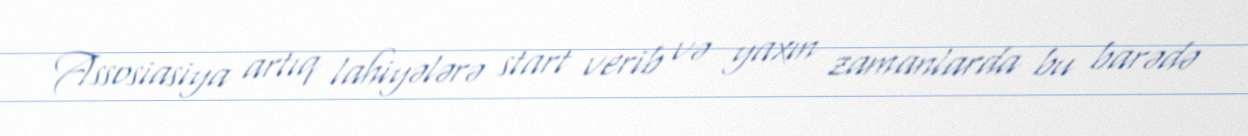
Assosiasiya artıq lahiyələrə start verib və yaxın zamanlarda bu barədə